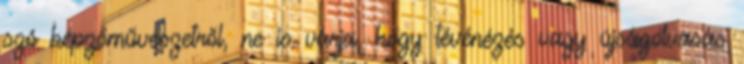
szó képzőművészetről, ne is várja, hogy tévénézés vagy újságolvasás